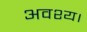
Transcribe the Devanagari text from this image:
अवश्य।